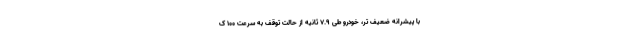
با پیشرانه ضعیف تر، خودرو طی 7.9 ثانیه از حالت توقف به سرعت 100 ک